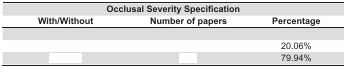
<table><thead><tr><td colspan="3"><b>Occlusal SeveritySpecification</b></td></tr><tr><td><b>With/Without</b></td><td><b>Number of papers</b></td><td><b>Percentage</b></td></tr></thead><tbody><tr><td>[EMPTY_CELL]</td><td>[EMPTY_CELL]</td><td>[EMPTY_CELL]</td></tr><tr><td>[EMPTY_CELL]</td><td>[EMPTY_CELL]</td><td>20.06%</td></tr><tr><td>[EMPTY_CELL]</td><td>[EMPTY_CELL]</td><td>79.94%</td></tr></tbody></table>